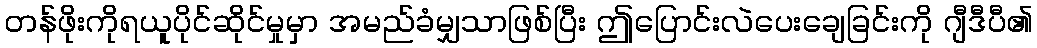
တန်ဖိုးကိုရယူပိုင်ဆိုင်မှုမှာ အမည်ခံမျှသာဖြစ်ပြီး ဤပြောင်းလဲပေးချေခြင်းကို ဂျီဒီပီ၏